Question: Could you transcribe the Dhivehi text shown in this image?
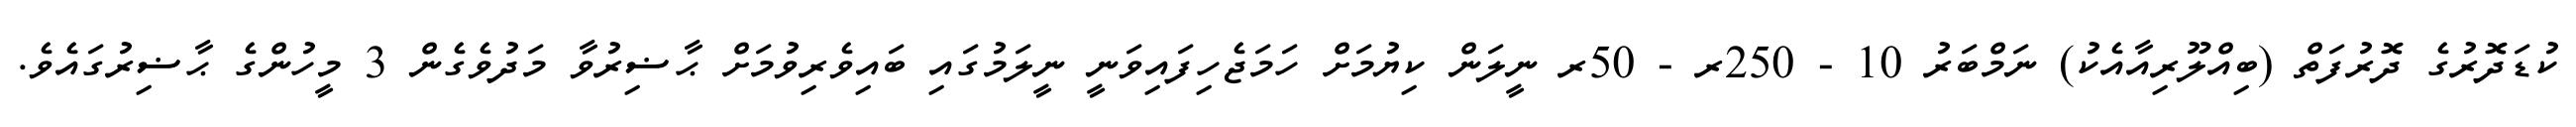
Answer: ކުޑަދޮރުގެ ދޮރުފަތް (ބިއްލޫރިއާއެކު) ނަމްބަރު 10 - 250ރ - 50ރ ނީލަން ކިޔުމަށް ހަމަޖެހިފައިވަނީ ނީލަމުގައި ބައިވެރިވުމަށް ޙާޟިރުވާ މަދުވެގެން 3 މީހުންގެ ޙާޟިރުގައެވެ.